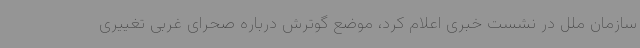
سازمان ملل در نشست خبری اعلام کرد، موضع گوترش درباره صحرای غربی تغییری